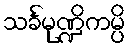
သင်္ခမုဏ္ဍိကမ္ပိ